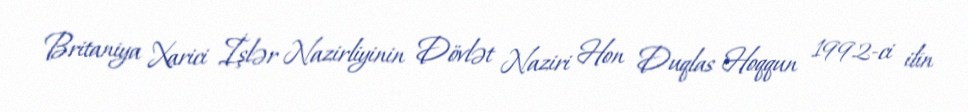
Britaniya Xarici İşlər Nazirliyinin Dövlət Naziri Hon Duqlas Hoqqun 1992-ci ilin